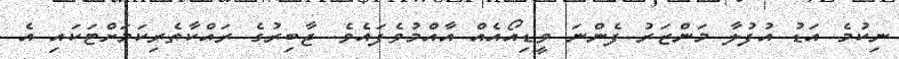
ނިކުމެ އަޑު އުފުލާ މަންޒަރު ފެންނަ ވީޑިއޯއެއް އާއްމުވެފައެވެ. ޖާބިރުގެ ރައްކާތެރިކަމަށްޓަކައި އެ